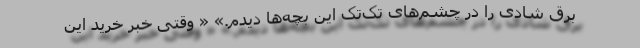
برق شادی را در چشم‌های تک‌تک این بچه‌ها دیدم.» « وقتی خبر خرید این